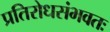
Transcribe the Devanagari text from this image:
प्रतिरोधसंभवतः